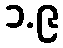
၁.၉